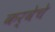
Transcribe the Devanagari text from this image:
कर्वेचे